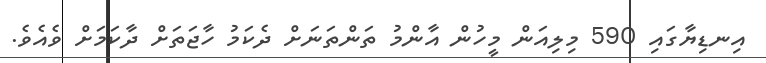
އިނޑިޔާގައި 590 މިލިއަން މީހުން އާންމު ތަންތަނަށް ދެކަމު ހާޖަތަށް ދާކަމަށް ވެއެވެ.